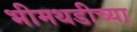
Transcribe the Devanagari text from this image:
भीमथडीच्या